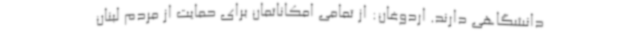
دانشگاهی دارند. اردوغان: از تمامی امکاناتمان برای حمایت از مردم لبنان